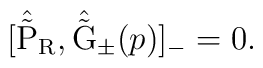
[\hat{\tilde{\rm P}}_{\rm R}, \hat{\tilde{\rm G}}_{\pm}(p)]_{-}=0.